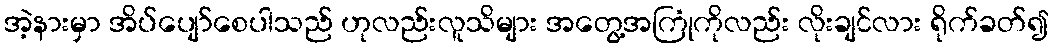
အဲ့နားမှာ အိပ်ပျော်စေပါသည် ဟုလည်းလူသိများ အတွေ့အကြုံကိုလည်း လိုးချင်လား ရိုက်ခတ်၍